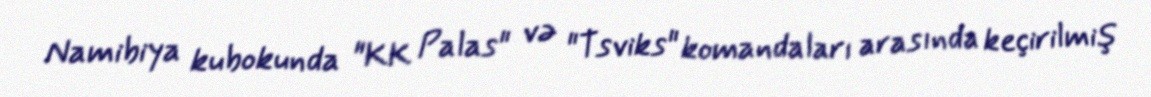
Namibiya kubokunda "KK Palas" və "Tsviks" komandaları arasında keçirilmiş